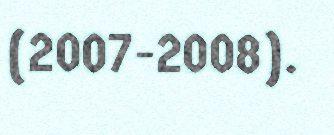
(2007-2008).